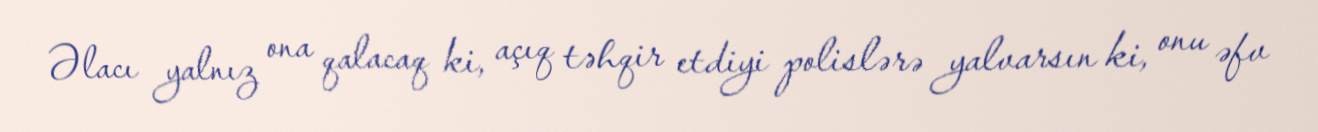
Əlacı yalnız ona qalacaq ki, açıq təhqir etdiyi polislərə yalvarsın ki, onu əfv